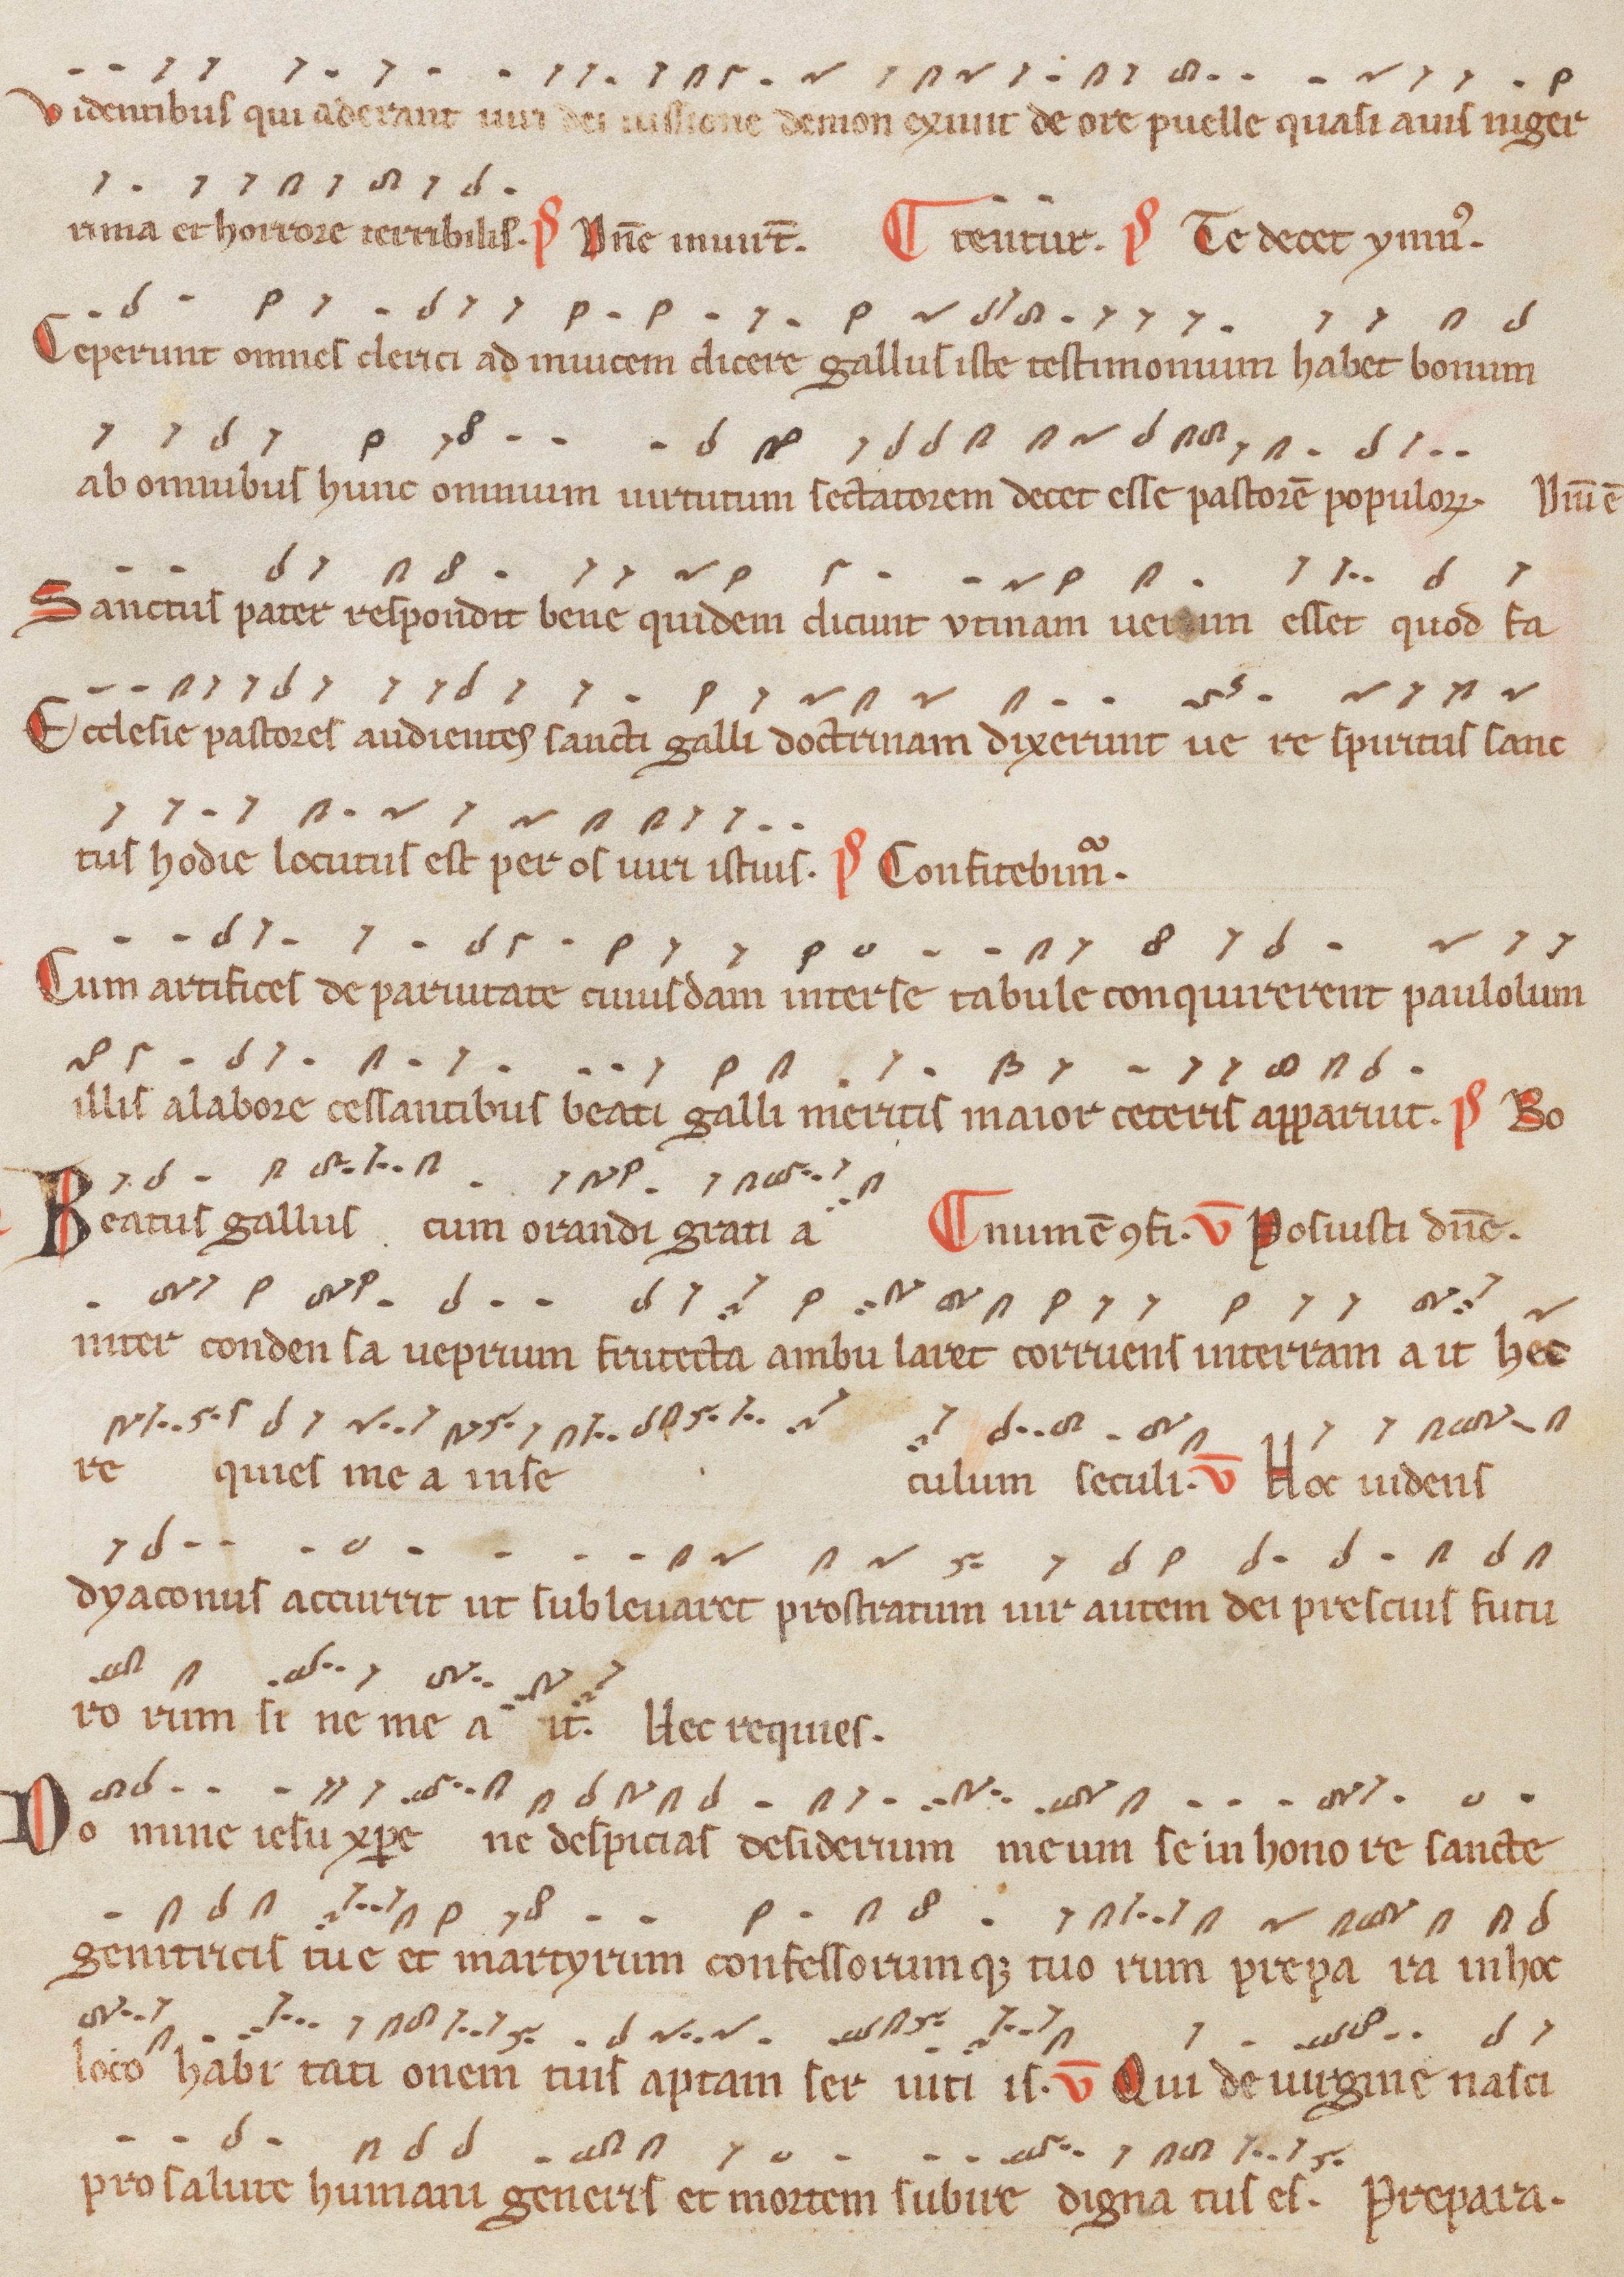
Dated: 1200–1299